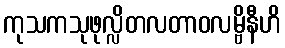
ကုသကသုဖုလ္လိတလတာဝလမ္ဗိနီဟိ